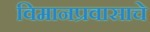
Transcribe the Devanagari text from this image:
विमानप्रवासाचे